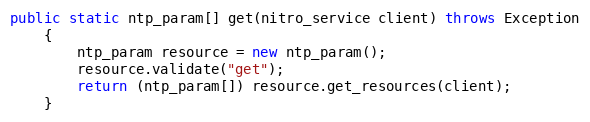
Language: Java
public static ntp_param[] get(nitro_service client) throws Exception
	{
		ntp_param resource = new ntp_param();
		resource.validate("get");
		return (ntp_param[]) resource.get_resources(client);
	}